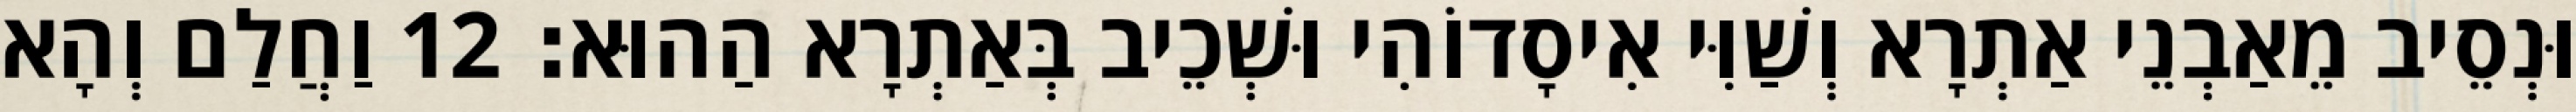
וּנְסֵיב מֵאַבְנֵי אַתְרָא וְשַׁוִּי אִיסָדוֹהִי וּשְׁכֵיב בְּאַתְרָא הַהוּא׃ 12 וַחֲלַם וְהָא